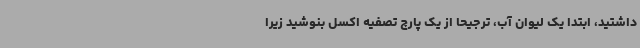
داشتید، ابتدا یک لیوان آب، ترجیحاً از یک پارچ تصفیه اکسل بنوشید زیرا